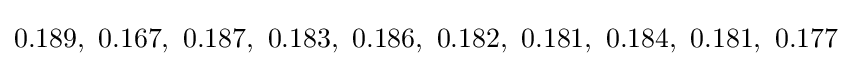
0.189,\ 0.167,\ 0.187,\ 0.183,\ 0.186,\ 0.182,\ 0.181,\ 0.184,\ 0.181,\ 0.177